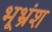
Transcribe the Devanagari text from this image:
भूभ्रंश